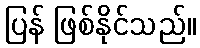
ပြန် ဖြစ်နိုင်သည်။